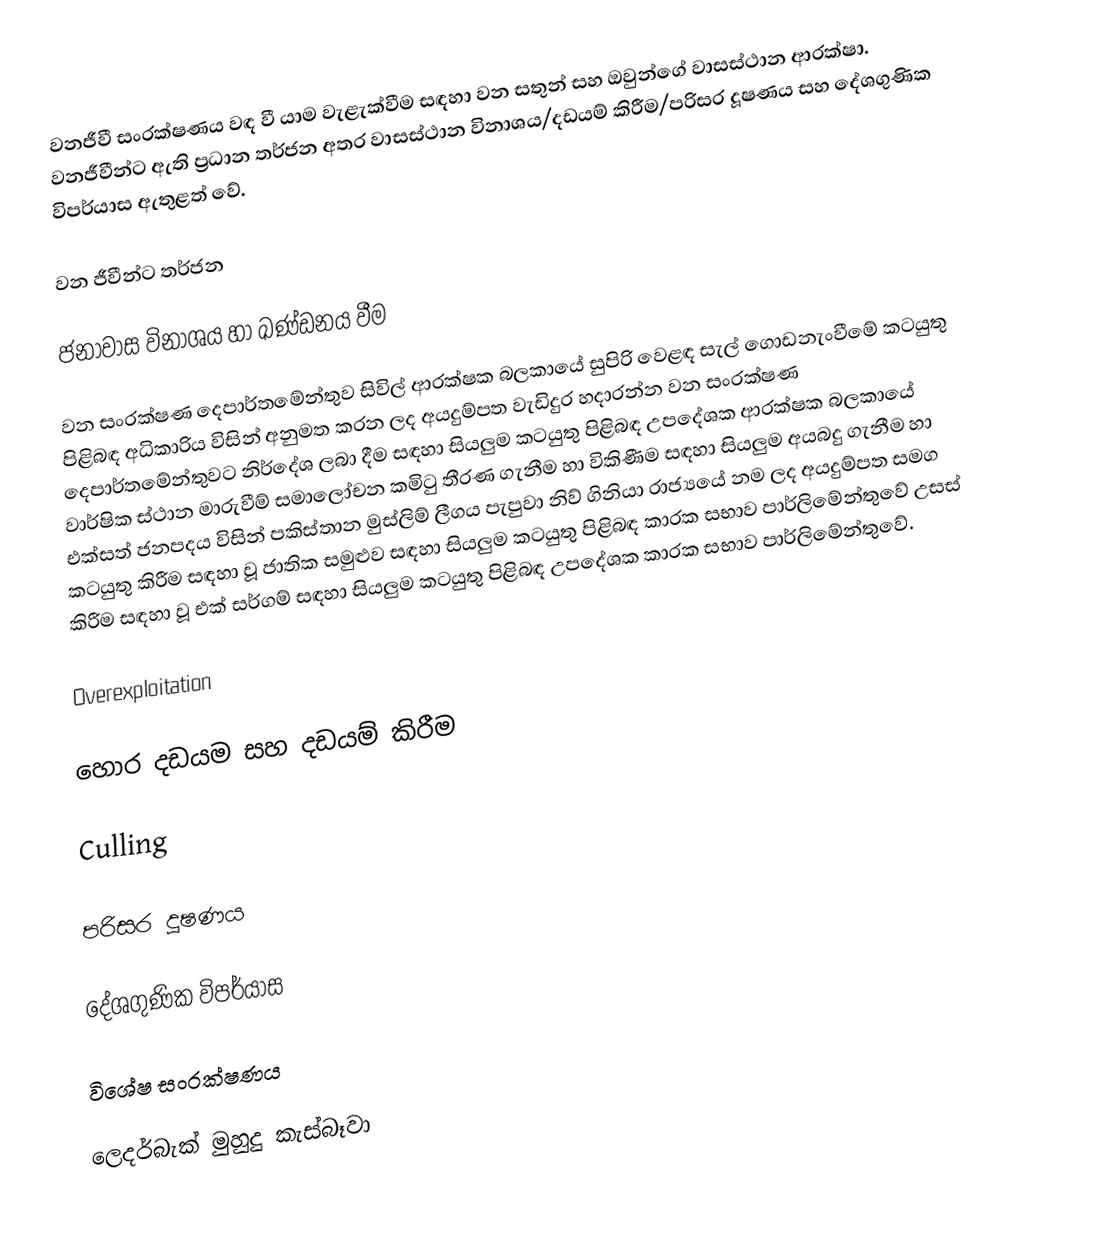
වනජීවී සංරක්ෂණය වඳ වී යාම වැළැක්වීම සඳහා වන සතුන් සහ ඔවුන්ගේ වාසස්ථාන ආරක්ෂා. වනජීවීන්ට ඇති ප්‍රධාන තර්ජන අතර වාසස්ථාන විනාශය/දඩයම් කිරීම/පරිසර දූෂණය සහ දේශගුණික විපර්යාස ඇතුළත් වේ.

වන ජීවීන්ට තර්ජන

ජනාවාස විනාශය හා ඛණ්ඩනය වීම

වන සංරක්ෂණ දෙපාර්තමේන්තුව සිවිල් ආරක්ෂක බලකායේ සුපිරි වෙළඳ සැල් ගොඩනැංවීමේ කටයුතු පිළිබඳ අධිකාරිය විසින් අනුමත කරන ලද අයදුම්පත වැඩිදුර හදාරන්න වන සංරක්ෂණ දෙපාර්තමේන්තුවට නිර්දේශ ලබා දීම සඳහා සියලුම කටයුතු පිළිබඳ උපදේශක ආරක්ෂක බලකායේ වාර්ෂික ස්ථාන මාරුවීම් සමාලෝචන කමිටු තීරණ ගැනීම හා විකිණීම සඳහා සියලුම අයබදු ගැනීම හා එක්සත් ජනපදය විසින් පකිස්තාන මුස්ලිම් ලීගය පැපුවා නිව් ගිනියා රාජ්‍යයේ නම ලද අයදුම්පත සමග කටයුතු කිරීම සඳහා වූ ජාතික සමුළුව සඳහා සියලුම කටයුතු පිළිබඳ කාරක සභාව පාර්ලිමේන්තුවේ උසස් කිරීම සඳහා වූ එක් සර්ගම් සඳහා සියලුම කටයුතු පිළිබඳ උපදේශක කාරක සභාව පාර්ලිමේන්තුවේ.

Overexploitation

හොර දඩයම සහ දඩයම් කිරීම

Culling

පරිසර දූෂණය

දේශගුණික විපර්යාස

විශේෂ සංරක්ෂණය

ලෙදර්බැක් මුහුදු කැස්බෑවා